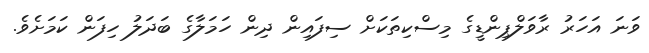
ވަނަ އަހަރު ރާވަލްޕިންޑީގެ މިސްކިތަކަށް ސިފައިން ދިން ހަމަލާގެ ބަދަލު ހިފަން ކަމަށެވެ.